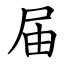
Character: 届